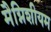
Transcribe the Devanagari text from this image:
मैग्निशीयम